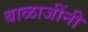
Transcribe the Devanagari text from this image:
बाळाजींनी